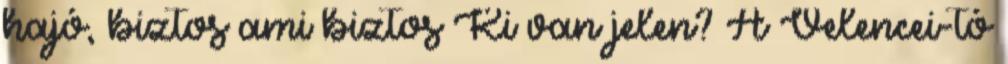
hajó, biztos ami biztos Ki van jelen? A Velencei-tó